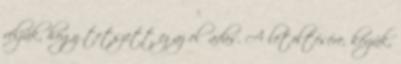
véljük, hogy tetszett ez az előadás. A letöltésére, kérjük,